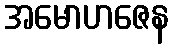
အမောဟဇေန